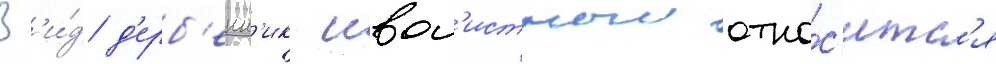
В'и́д д'ерб'енн'ик ивол'истныи отно́с'итс'я